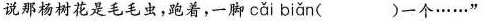
说那杨树花是毛毛虫，跑着，一脚 cǎi biǎn ( )一个……”